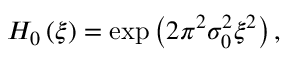
H _ { 0 } \left( \xi \right) = \exp \left( { 2 \pi ^ { 2 } \sigma _ { 0 } ^ { 2 } \xi ^ { 2 } } \right) ,